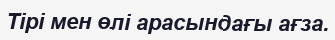
Тірі мен өлі арасындағы ағза.